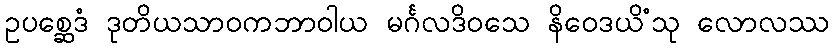
ဥပစ္ဆေဒံ ဒုတိယသာဝကဘာဝါယ မင်္ဂလဒိဝသေ နိဝေဒယိံသု လောလဿ